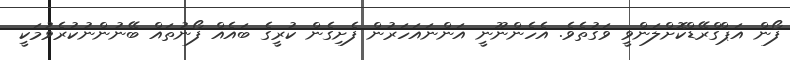
ފޯން އަޕްގްރޭޑްކޮށްލަންވީ ވަގުތެވެ. އެހެންނޫނީ އަންނައަހަރުން ފެށިގެން ކުރީގެ ބައެއް ފޯނުތައް ބޭނުންނުކުރެވުމަކީ